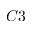
C 3